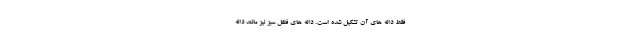
فقط دانه های آن تشکیل شده است. دانه‌ های فلفل سبز نیز مانند دانه‌